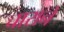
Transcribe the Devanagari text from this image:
चाराने